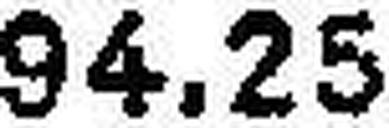
94.25